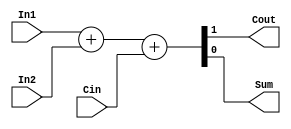
module FA_dataflow(Cout, Sum, In1, In2, Cin);

input Cin, In1, In2;
output Cout, Sum;

assign {Cout, Sum} = In1 + In2 + Cin;

endmodule

module FA_dataflow_32bit(Cout, Sum, In1, In2, Cin);
input [31: 0] In1, In2;
output [31: 0] Sum;
input Cin;
wire [31: 0] carry;
output Cout;
assign carry[0] = Cin;

genvar j;
generate for (j = 0; j<32; j = j + 1) begin: FA_loop
    if (j == 31)
    begin
        FA_dataflow FAj(Cout, Sum[j], In1[j], In2[j], carry[j]);
    end

    else
    begin
        FA_dataflow FAj(carry[j + 1], Sum[j], In1[j], In2[j], carry[j]);
    end
end
endgenerate
endmodule